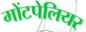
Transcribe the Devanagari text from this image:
मोंटपेलियर